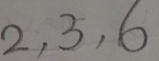
2 , 3 , 6